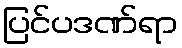
ပြင်ပဒဏ်ရာ